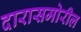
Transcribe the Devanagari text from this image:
दारासमोरील